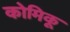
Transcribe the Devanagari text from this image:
कोमिकू